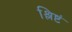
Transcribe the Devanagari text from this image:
श्लिष्टं